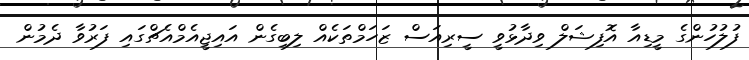
ފުލުހުންގެ މީޑިއާ އޮފިޝަލް ވިދާޅުވީ ސީރިއަސް ޒަހަމްތަކެއް ލިބިގެން އައިޖީއެމްއެޗްގައި ފަރުވާ ދެމުން